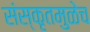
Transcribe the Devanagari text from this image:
संस्कृतमुळेच